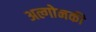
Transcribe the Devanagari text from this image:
अल्गोनकी